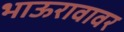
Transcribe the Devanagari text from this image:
भाऊरावावर